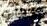
لقطات